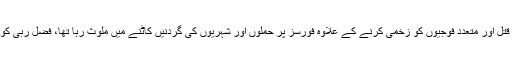
دہشت گرد فضل ربی ولد فضل غفور نے پاک فوج کے میجر عابد مجید کو قتل اور متعدد فوجیوں کو زخمی کرنے کے علاوہ فورسز پر حملوں اور شہریوں کی گردنیں کاٹنے میں ملوث رہا تھا، فضل ربی کو مجسٹریٹ کے سامنے 4 الزامات پر اعتراف جرم کے بعد سزا سنائی گئی۔